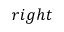
r i g h t